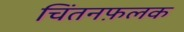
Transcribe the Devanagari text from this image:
चिंतनफ़लक